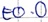
Text: E0.0